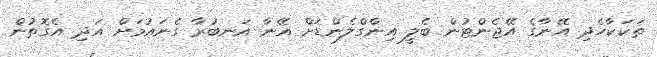
ތަކަކާހެދި އޭނާގެ އޭޖެންޓުން ބެލީ އިންގްލެންޑަށް އޭނާ އަނބުރާ ގެނައުމަށް އަދި އެގޮތުން